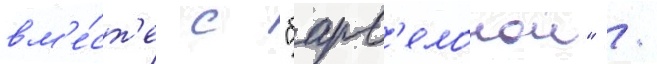
вм'е́ст'е с "барс'елонои" /